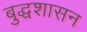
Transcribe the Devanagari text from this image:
बुद्धशासन